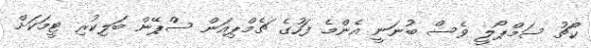
ކޯޗު ސަމްޕޯލީ ވެސް ބުނަނީ އެންމެ ފަހުގެ ޗެމްޕިއަން ސްޕޭން ބަލިކުރި ޓީމަކަށް